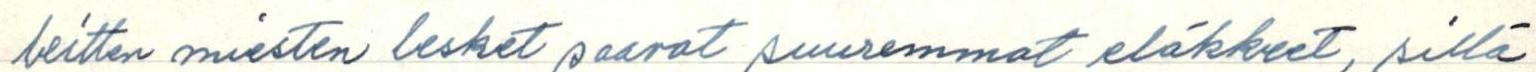
leitten miesten lesket saavat suuremmat eläkkeet, sillä